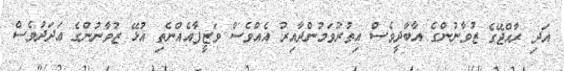
އަދި ރާއްޖޭގެ ޒުވާނުންގެ އާބާދީވެސް އިތުރުވަމުންދާއިރު އެއްވެސް ވަޒީފާއެއްނެތި އުޅޭ ޒުވާނުންގެ ޢަދަދުވެސް